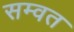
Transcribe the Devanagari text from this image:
सम्‍वत